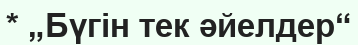
* „Бүгін тек әйелдер“